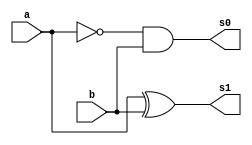

//----------------------------
// Nome: Silvino Henrique Santos de Souza
// Matrcula: 412773
//----------------------------


//----------------------------
//------ Guia 05 - 02---------
//----------------------------


module meiadiferenca(s0,s1, a,b);

	output s0,s1;
	input  a, b;

	and(s0, ~a,b);
	xor(s1, a,b);
	
endmodule // fim meia soma

module  diferencacompleta(Cout, Soma, a, b, Cin);

	output Cout, Soma;
	input  a, b, Cin;
	
	wire temp1, temp2, temp3;

 	meiadiferenca S1 (temp1,temp2,a, b);
 	meiadiferenca S2(temp3, Soma, temp2, Cin);
 	or(Cout, temp1, temp3);
 

endmodule // fim diferencacompleta


module DiferencaCompleta3bits(s,Cout,a,b);

	output [2:0] s;
        output Cout;
	input [3:0] a, b;
	
	wire temp1, temp2, temp3;
	
		
	meiadiferenca      S3(temp1, s[0] ,a[0], b[0]) ;
	diferencacompleta  S4(temp2, s[1], a[1], b[1], temp1);
	diferencacompleta  S5(Cout, s[2], a[2], b[2], temp2);
	
	
endmodule // fim DiferencaCompleta3bits	

module teste;

	wire [2:0] s; 
        wire Cout;
	reg  [3:0] a, b;

	DiferencaCompleta3bits SOMA (s, Cout, a, b);


	initial begin: Start

                a = 3'b000; b = 3'b000;
	end
	
	initial begin: Principal
	
		$display("\n Guia 05 - 02 - Silvino Henrique Santos de Souza - 412773 ");
		$display("\n DIFERENA COMPLETA COM 3 BITS");
		$display("\n A - B =  s2 s1 s0 \n");


		$monitor(" %3b - %3b = %3b", a, b, s);
		
		for(a = 0; a <= 7; a =  a + 1)
		  begin
		    
  #1      $monitor(" %3b - %3b = %3b", a, b, s);
			 for(b = 0; b <= 7; b = b + 1)
			   begin

  #1              $monitor(" %3b - %3b = %3b", a, b, s);
		      end
		  	 end
  		  end
		
	
	
	 
endmodule // fim teste